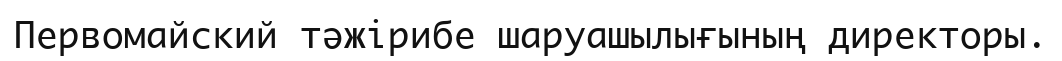
Первомайский тәжірибе шаруашылығының директоры.